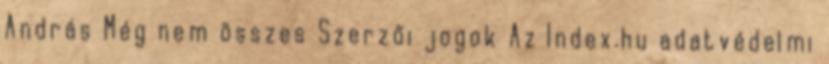
András Még nem összes Szerzői jogok Az Index.hu adatvédelmi